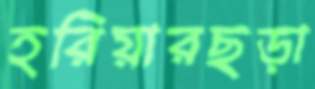
হরিয়ারছড়া